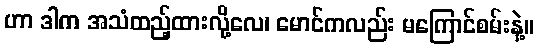
ဟာ ဒါက အသံထည့်ထားလို့လေ၊ မောင်ကလည်း မကြောင်စမ်းနဲ့။